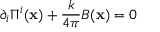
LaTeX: \partial _ { i } \Pi ^ { i } ( { \bf x } ) + \frac { k } { 4 \pi } B ( { \bf x } ) = 0